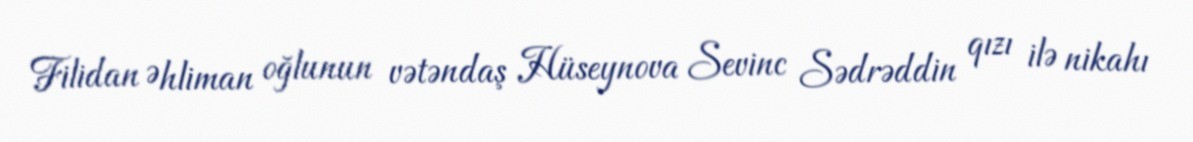
Filidan Əhliman oğlunun vətəndaş Hüseynova Sevinc Sədrəddin qızı ilə nikahı